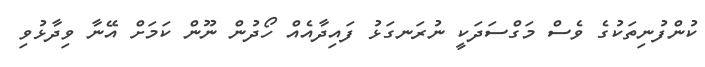
ކުންފުނިތަކުގެ ވެސް މަގްސަދަކީ ނުރަނގަޅު ފައިދާއެއް ހޯދުން ނޫން ކަމަށް އޭނާ ވިދާޅުވި